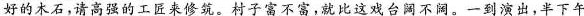
好的木石,请高强的工匠来修筑。村子富不富,就比这戏台阔不阀。一到演出,半下午